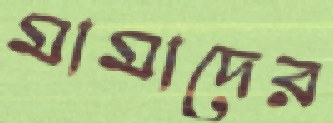
মামাদের